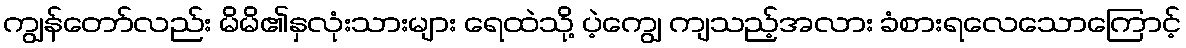
ကျွန်တော်လည်း မိမိ၏နှလုံးသားများ ရေထဲသို့ ပဲ့ကျွေ ကျသည့်အလား ခံစားရလေသောကြောင့်